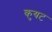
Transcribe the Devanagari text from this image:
कुयट